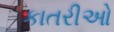
કાતરીઓ